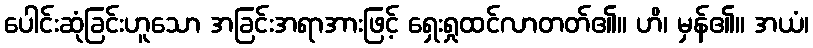
ပေါင်းဆုံခြင်းဟူသော အခြင်းအရာအားဖြင့် ရှေးရှုထင်လာတတ်၏။ ဟိ၊ မှန်၏။ အယံ၊